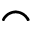
\frown